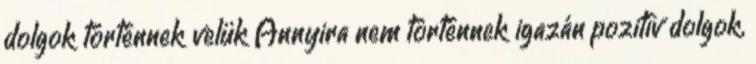
dolgok történnek velük Annyira nem történnek igazán pozitív dolgok,